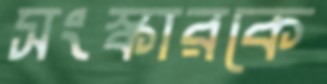
সংস্কারকে